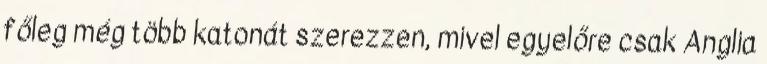
főleg még több katonát szerezzen, mivel egyelőre csak Anglia